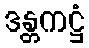
ဒန္တကဋ္ဌံ